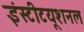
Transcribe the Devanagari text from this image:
इंस्‍टीटयूशनल